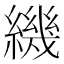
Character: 𬘁